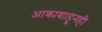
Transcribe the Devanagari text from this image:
आकाशाहूनही